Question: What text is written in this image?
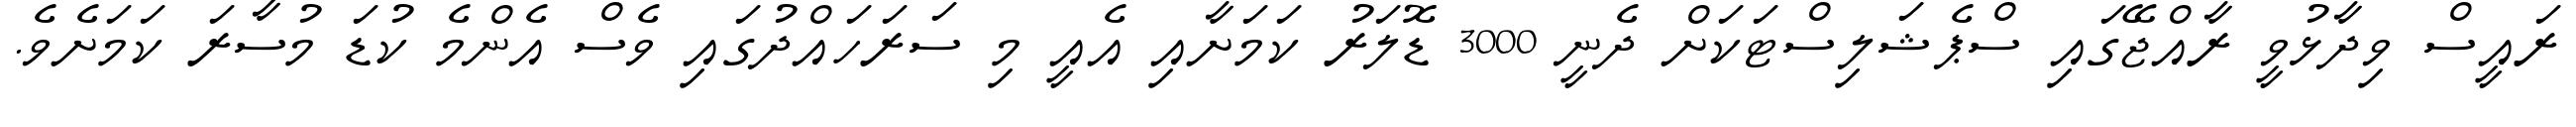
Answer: ރައީސް ވިދާޅުވީ ރާއްޖޭގައި ސްޕެޝަލިސްޓަކަށް ދެނީ 3000 ޑޮލަރު ކަމަށާއި އެއީ މި ސަރަހައްދުގައި ވެސް އެންމެ ކުޑަ މުސާރަ ކަމަށެވެ.